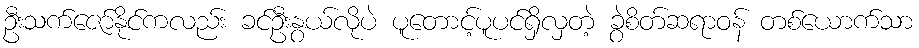
ဦးသက်ဇော်နိုင်ကလည်း ခင်ဦးနွယ်လိုပဲ ပူတောင့်ပူပင်ရှိလှတဲ့ ခွဲစိတ်ဆရာဝန် တစ်ယောက်သာ